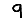
Digit: 9